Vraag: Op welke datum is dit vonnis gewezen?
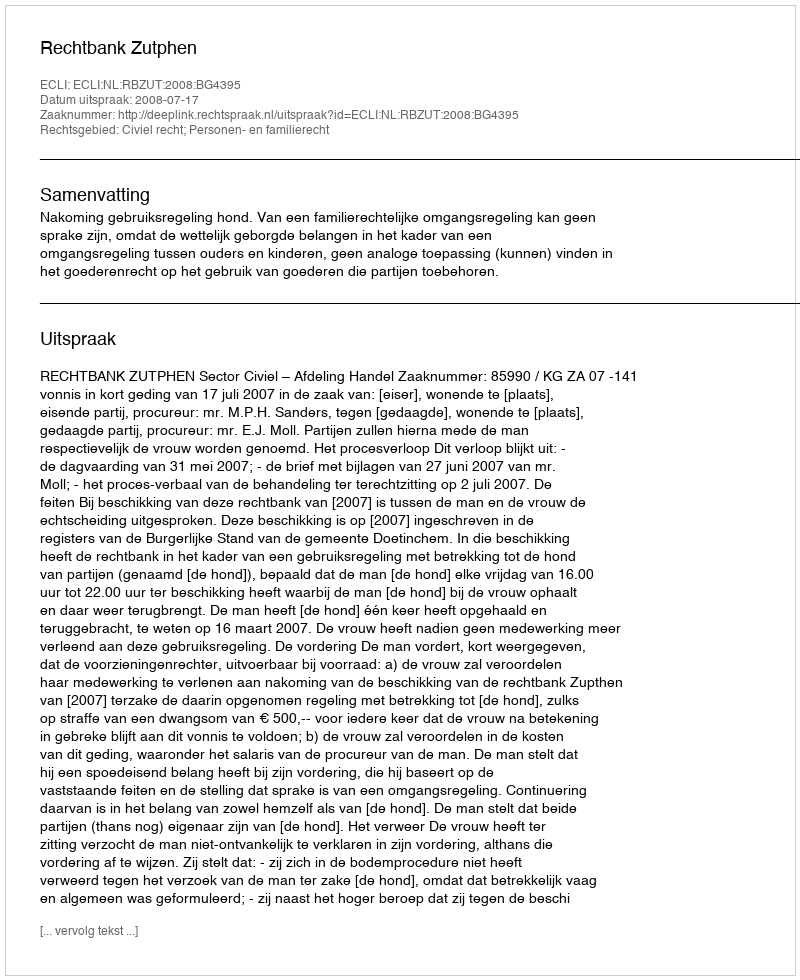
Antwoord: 2008-07-17